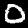
Label: 0